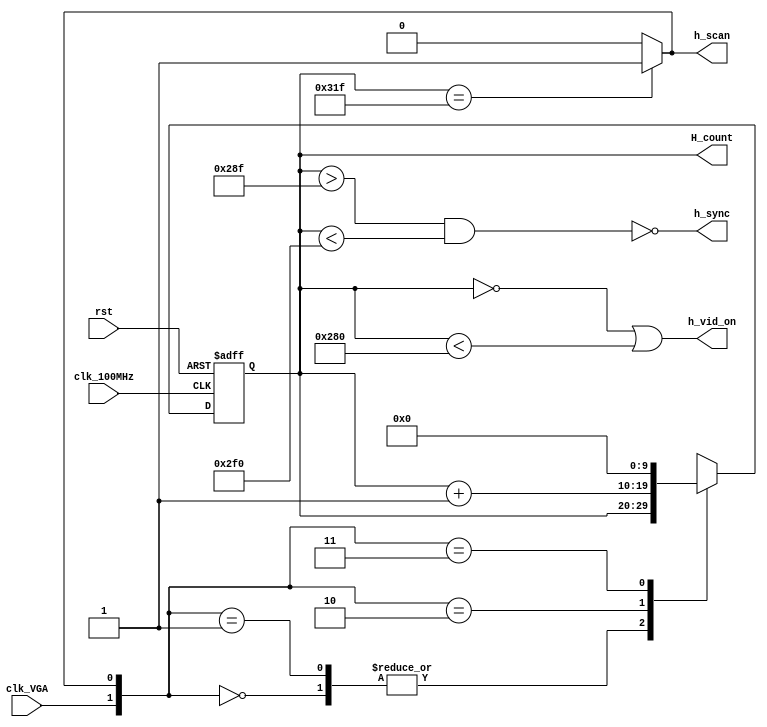
`timescale 1ns / 1ps

//******************************************************************//
//                                                                  //
//  Created by Vince Nguyen on October 15th, 2019.                  //
//  Copyright  2019 Vince Nguyen.  All rights reserved.            //
//                                                                  //
//                                                                  //
//  This file scans the display of a monitor from left to right,    //
//  pixel by pixel.  The purpose of counting the pixels is to       //
//  designate a horizontal coordinate for each pixel.  The file     //
//  assumes there are at least 640 pixels available horizontally on //
//  the display.  The pixel count updates at a rate of 25MHz.       //
//******************************************************************//


module Horizontal_Scan_Count(
    input               clk_100MHz,
    input               clk_VGA,
    input               rst,
    output  reg         h_sync,
    output  reg         h_scan,
    output  reg         h_vid_on,
    output  reg [9:0]   H_count
    );
    
    reg     [9:0]   D;
    
    always @(posedge clk_100MHz, posedge rst)
        if(rst)
            H_count <= 10'b0;
        else
            H_count <= D;
    
    always @(*) begin
        case({clk_VGA,h_scan})
            2'b00:      D = H_count;
            2'b01:      D = H_count;
            2'b10:      D = H_count + 10'b0000000001;
            2'b11:      D = 10'b0;
            default:    D = 10'b0;
        endcase
        
        if(H_count == 799)
            h_scan = 1'b1;
        else
            h_scan = 1'b0;
        
        h_sync =    ~((H_count > 655)  & (H_count < 752));
        h_vid_on =   ((H_count == 0)   | (H_count < 640));
    end      
endmodule